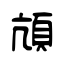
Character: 頏